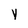
Character: v